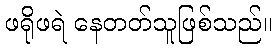
ဖရိုဖရဲ နေတတ်သူဖြစ်သည်။